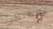
يمكنكى